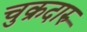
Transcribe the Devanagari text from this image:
चुक्रदारु